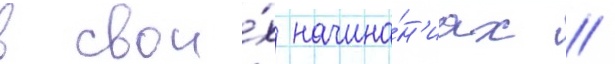
в свои́х начина́н'иах //